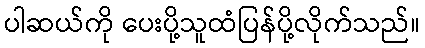
ပါဆယ်ကို ပေးပို့သူထံပြန်ပို့လိုက်သည်။